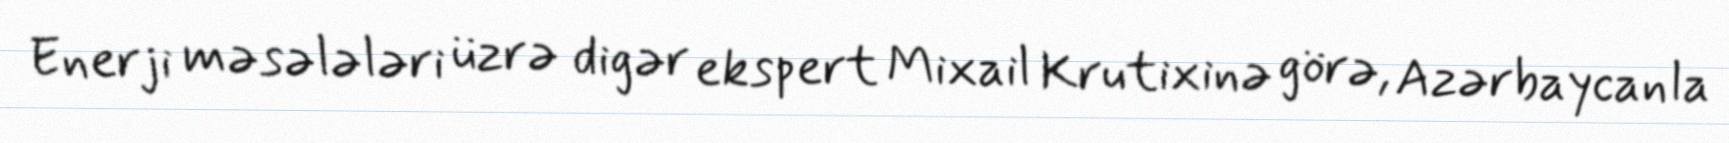
Enerji məsələləri üzrə digər ekspert Mixail Krutixinə görə, Azərbaycanla